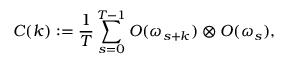
C ( k ) : = \frac { 1 } { T } \sum _ { s = 0 } ^ { T - 1 } O ( \omega _ { s + k } ) \otimes O ( \omega _ { s } ) ,